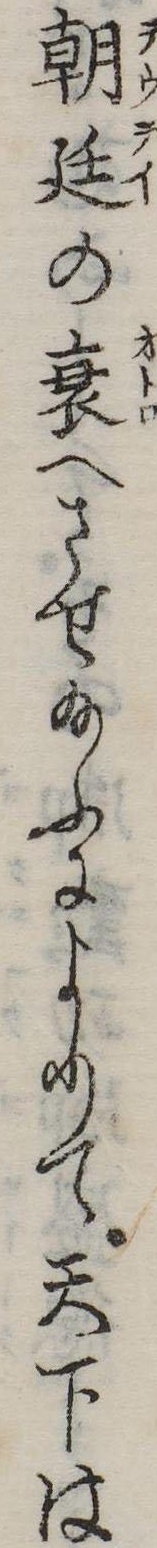
朝廷の衰へさせ給ふによりて天下は